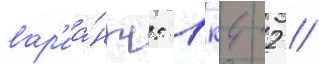
вар'иа́нт: 1к4 2 //